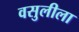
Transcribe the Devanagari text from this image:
वसुलीला